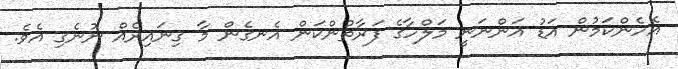
އެހެންކަމުން އަޑު އަންނަނީ މަލްހާގެ ފަރާތުންކަން އެނގެން މާ ގިނައިރެއް ނުނެގި އެވެ.